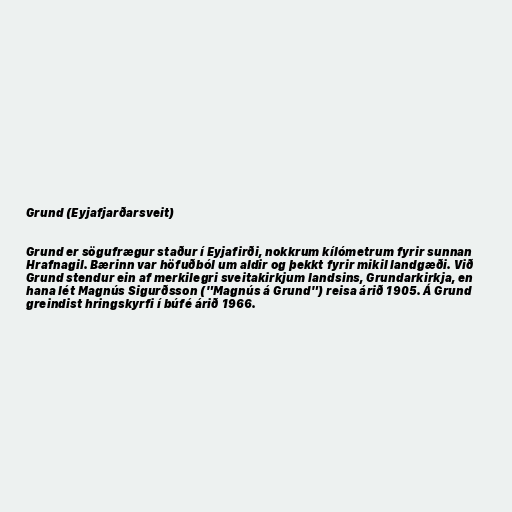
Grund (Eyjafjarðarsveit)

Grund er sögufrægur staður í Eyjafirði, nokkrum kílómetrum fyrir sunnan
Hrafnagil. Bærinn var höfuðból um aldir og þekkt fyrir mikil landgæði. Við
Grund stendur ein af merkilegri sveitakirkjum landsins, Grundarkirkja, en
hana lét Magnús Sigurðsson ("Magnús á Grund") reisa árið 1905. Á Grund
greindist hringskyrfi í búfé árið 1966.